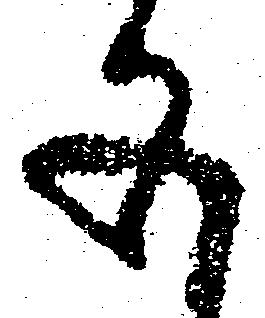
五